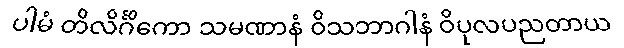
ပါမံ တိလိင်္ဂိကော သမဏာနံ ဝိသဘာဂါနံ ဝိပုလပညတာယ